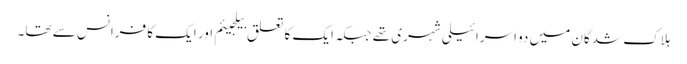
ہلاک شدگان میں دو اسرائیلی شہری تھے جبکہ ایک کا تعلق بیلجیئم اور ایک کا فرانس سے تھا۔